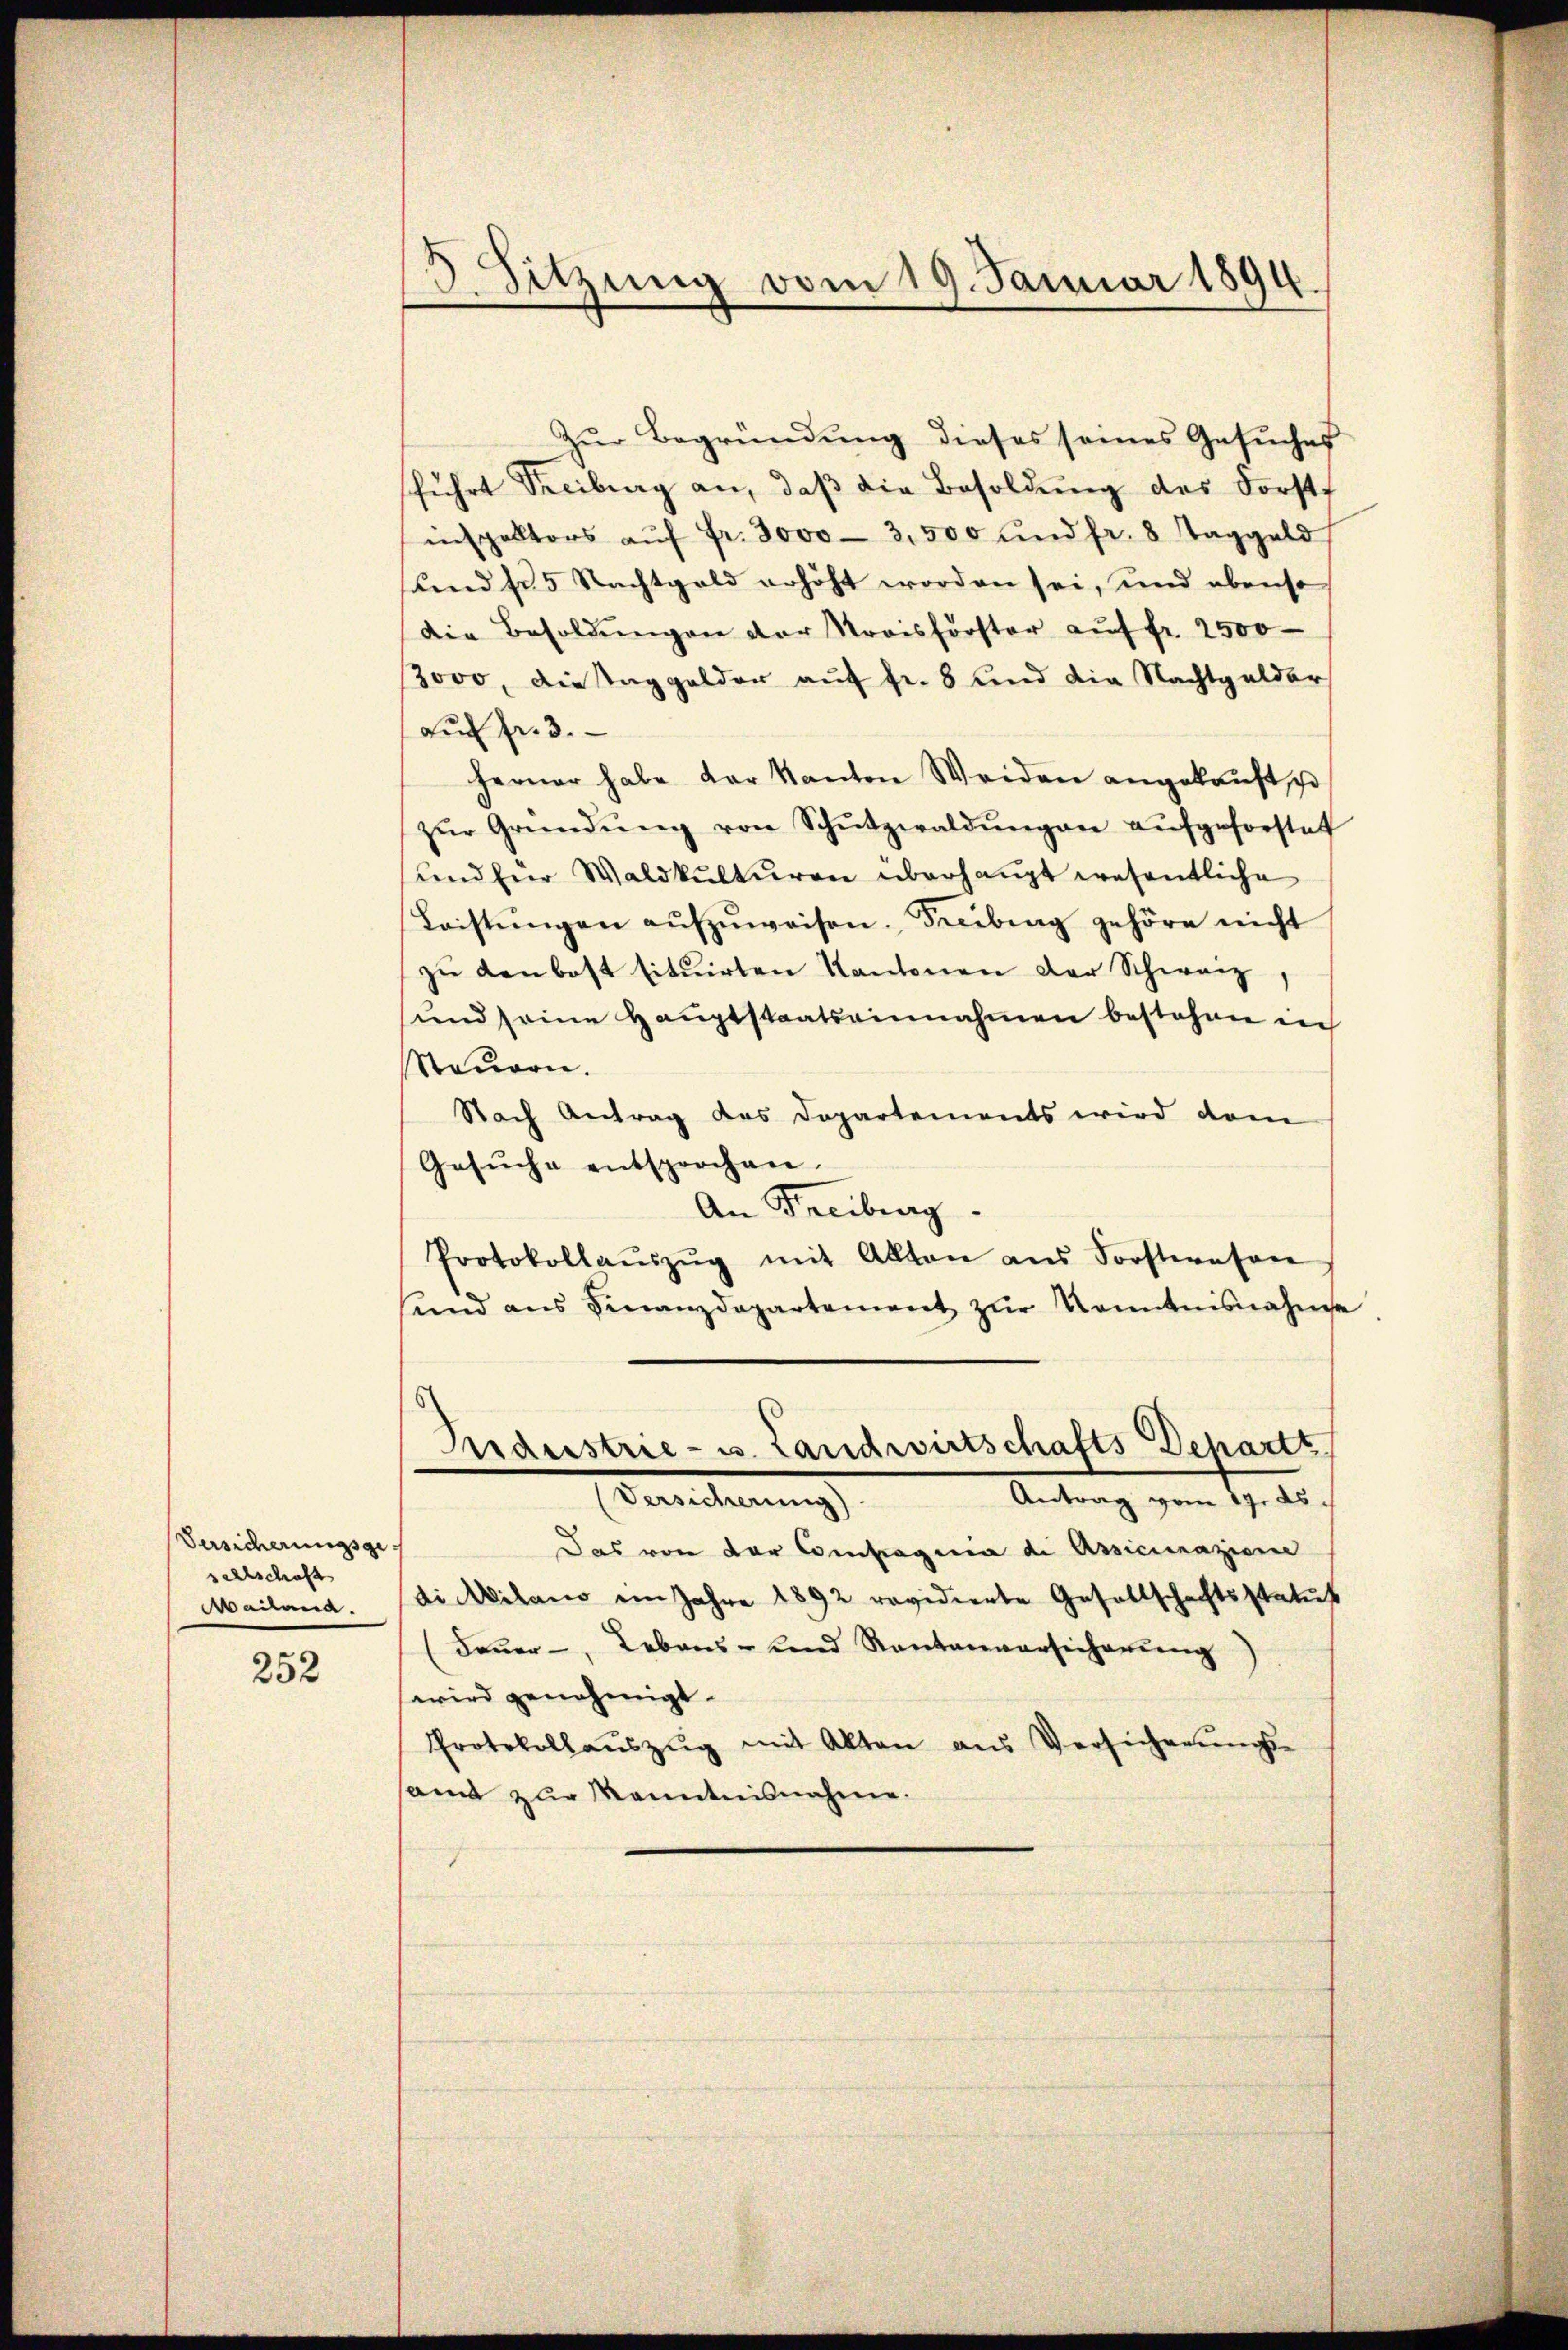
Versicherungsge
sellschaft
Mailand.

252

3 Sitzung vom 19. Januar 1894

Zur Begründung dieses seines Gesuches
führt Freiburg an, daβ die Besoldung des Forste
inspektors aŭf fr. 3000 - 3,500 und fr. 8 Taggeld
sund zu 5 Nachtgeld erhöht worden sei, und ebenso
die Besoldŭngen der Kreisförster aŭf fr. 2500
3000, die Taggelder auf fr. 8 und die Nachtgelder
aŭf fr. 3.
Ferner habe der Kanton Weiden angekauft, u
zŭr Gründŭng von Schŭtzwaldŭngen aŭfgeforstat
und für Waldkulturen überhaupt wesentliche
Leistŭngen aŭfzŭweisen. Freibung gehöre nicht
zŭ den bost situirten Kantonen der Schweiz,
(und seine Hauptstaatseinnahmen bestehen in
Steuern.
Nach Antrag des Dopartements wird dem
Gesŭche entsprochen.
An Freiburg
Protokollaŭszŭg mit Alten ans Forsteresen
und ans Finanzdepartement zŭr Kenntnisnahme.

Grdeestrie- u. Landwirtschafts-Departs
Antrag vom 17. ds.
(Versicherung)

Das von der Compagnia di Assicinazione
di Milano im Jahre 1892 revidierte Gesellschaftsstatut
(Feuer-, Lebens- und Rautanversicherung
wird genehmigt.
Protokollaŭszŭg mit Akten aus Versicherŭngs-
samt zur Kenntnisnahme.